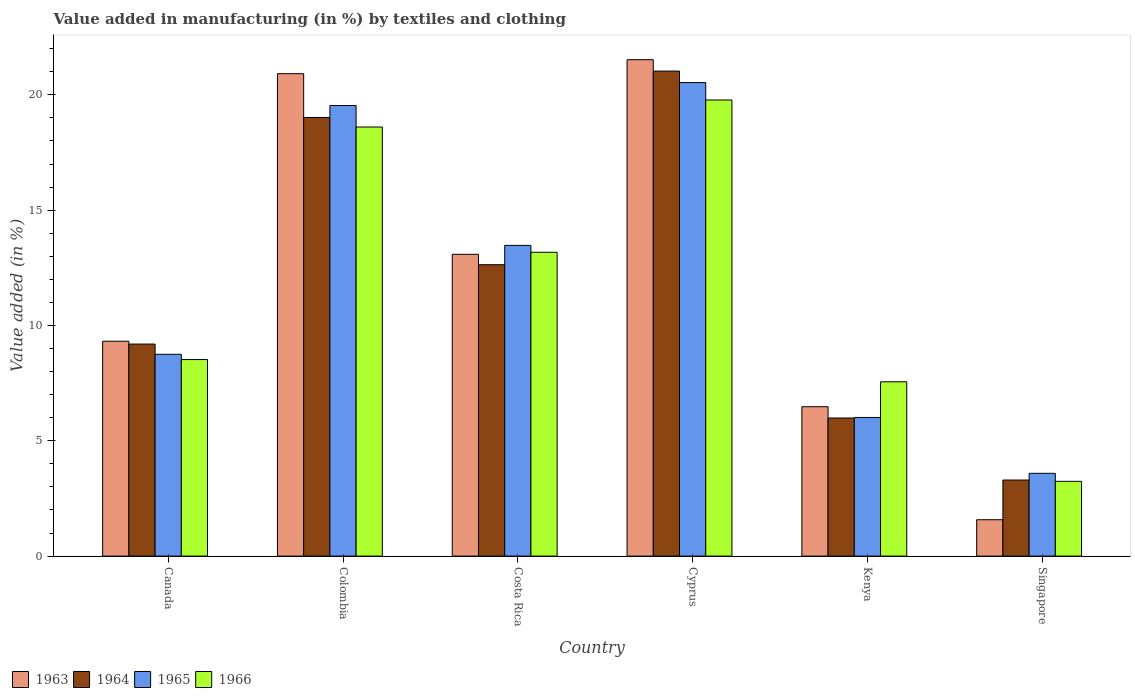
| Country | 1963 | 1964 | 1965 | 1966 |
 | --- | --- | --- | --- | --- |
 | Canada | 9.32 | 9.19 | 8.75 | 8.52 |
 | Colombia | 20.9 | 19 | 19.5 | 18.6 |
 | Costa Rica | 13.1 | 12.6 | 13.5 | 13.2 |
 | Cyprus | 21.5 | 21 | 20.5 | 19.8 |
 | Kenya | 6.48 | 5.99 | 6.01 | 7.56 |
 | Singapore | 1.58 | 3.3 | 3.59 | 3.24 |